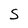
Character: S